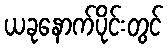
ယခုနောက်ပိုင်းတွင်